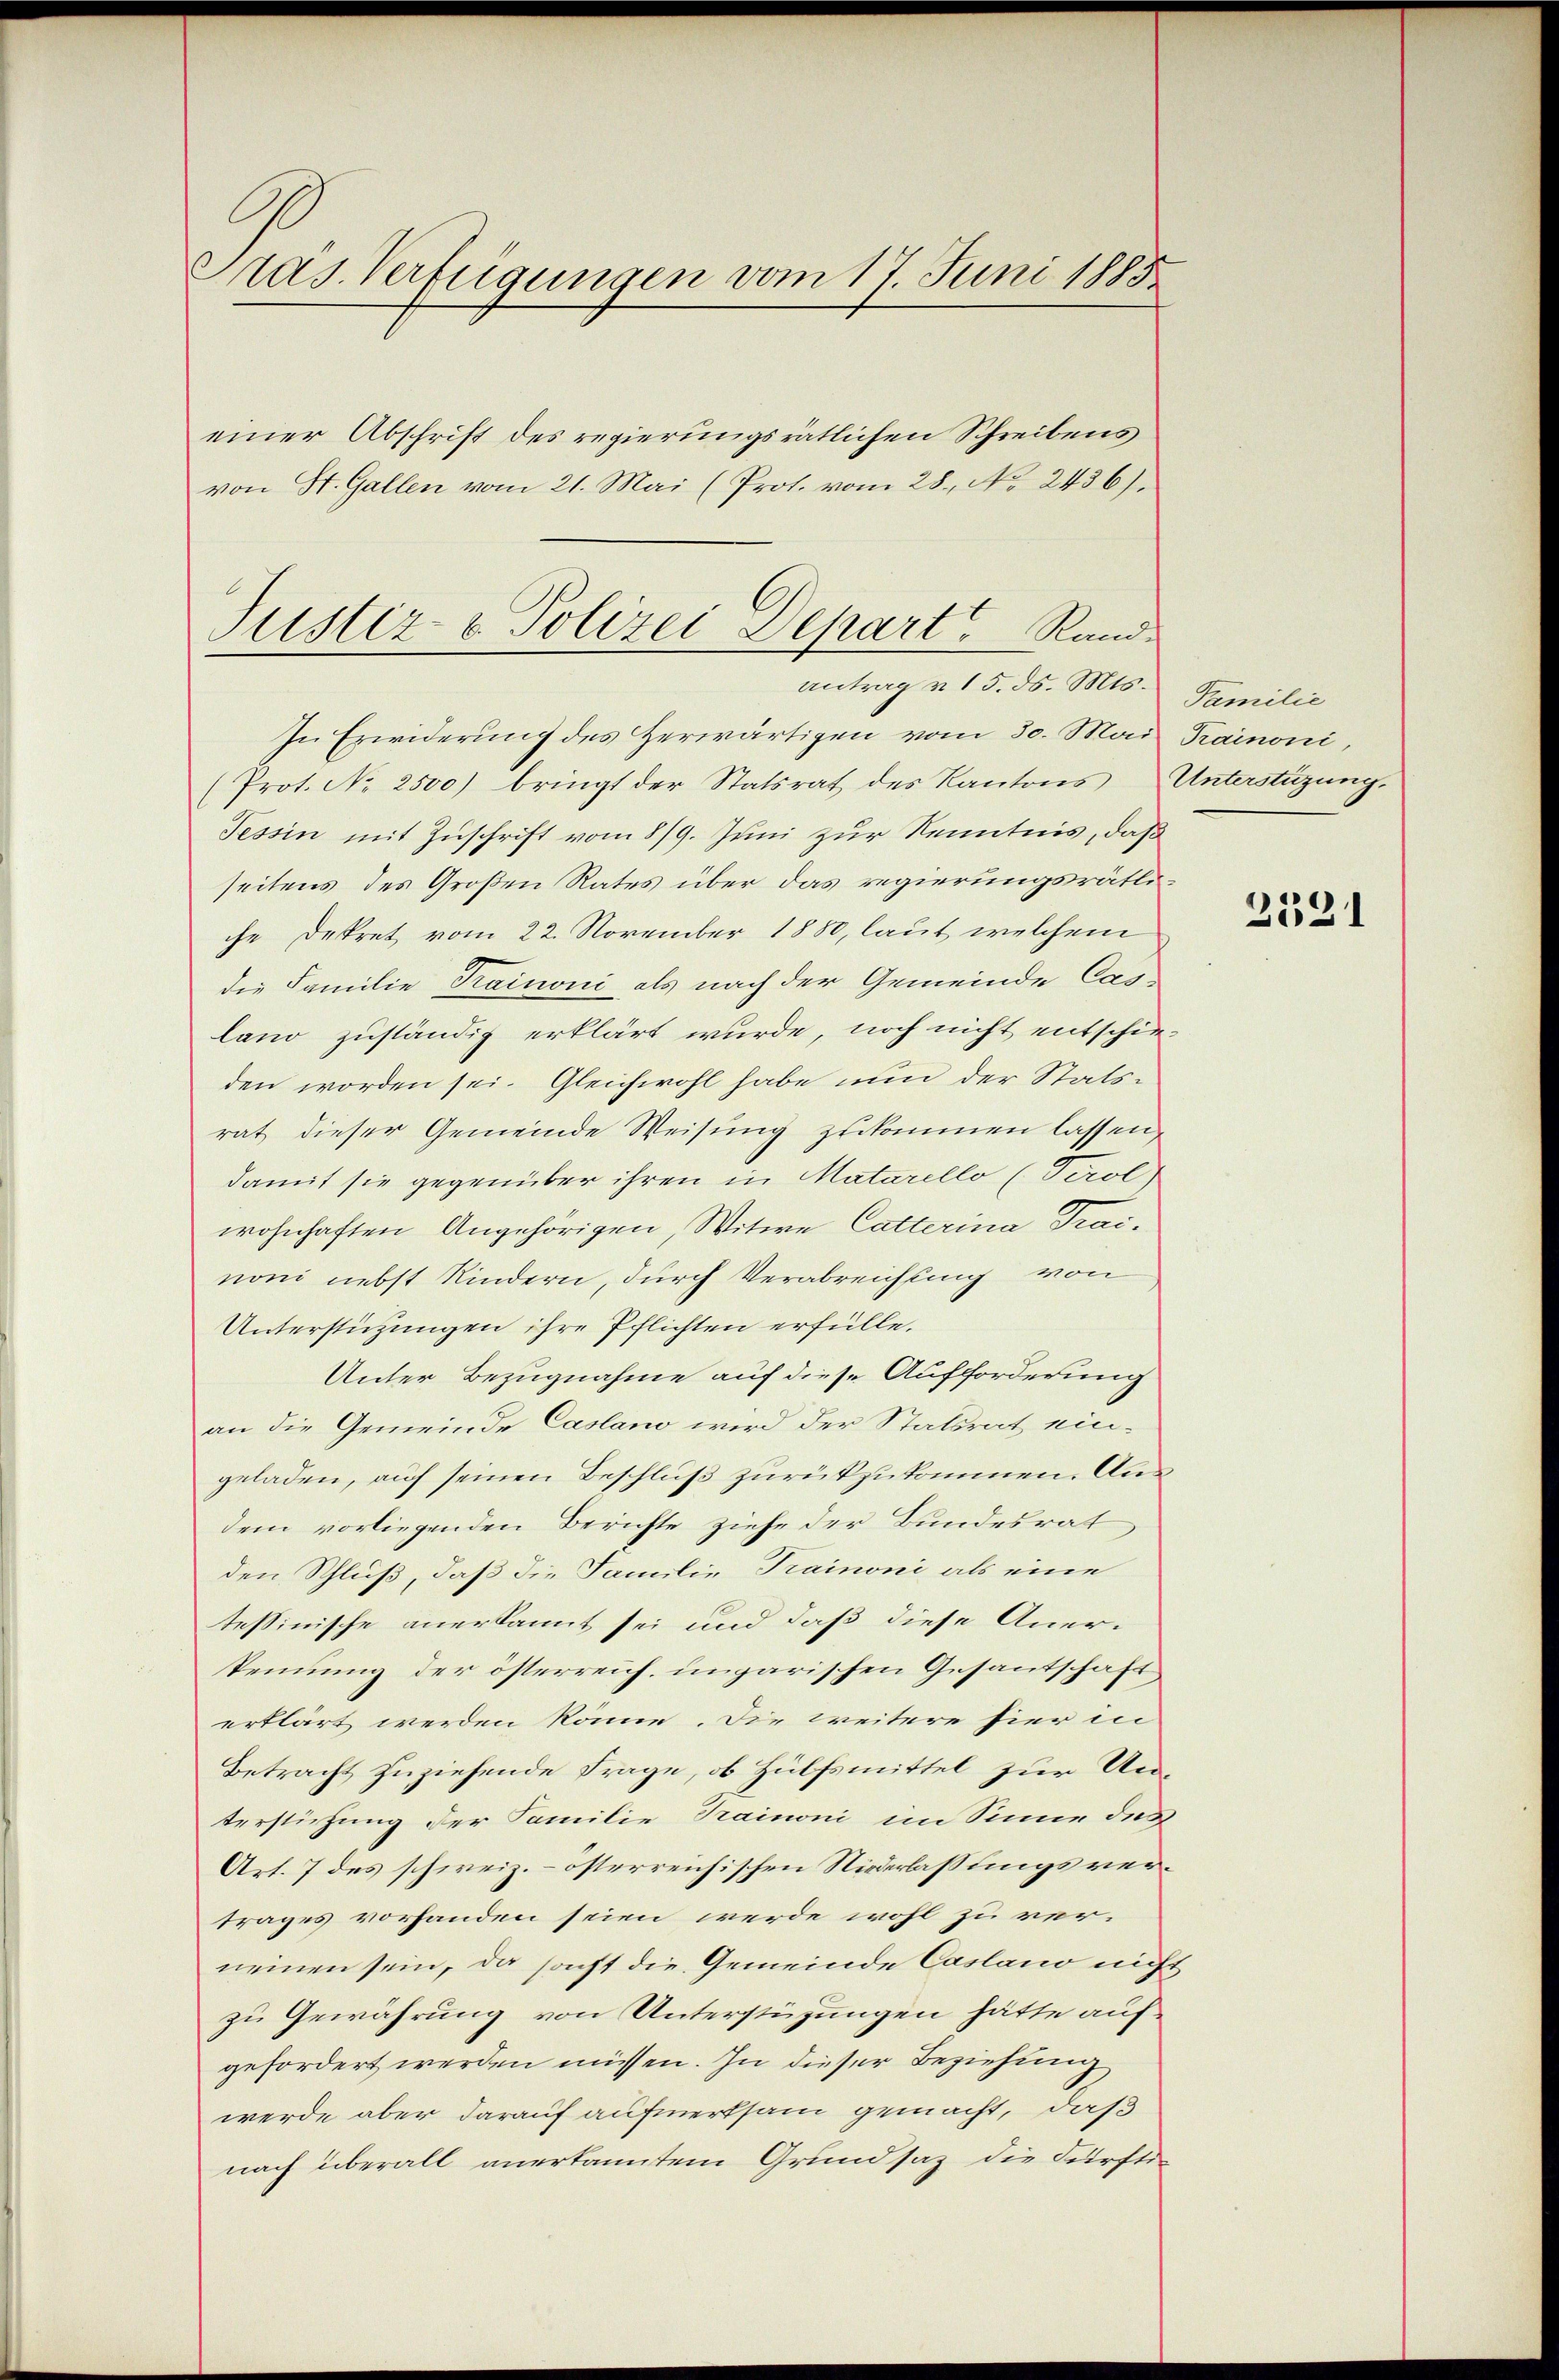
Pras. Verfügungen vom 17. Juni 1885
einer Abschrift des regierungsrätlichen Schreibens
von St. Gallen vom 21. Mai (Prot. vom 28. No. 2436).

In Erwiderung des Herwärtigen vom 30. Mai Trainoni,
(Prot. No 2500) bringt der Statsrat des Kantons Unterstüzung.
Tessin mit Zuschrift vom 8/9. Juni zur Kenntnis, daß
seitens des Großen Rates über das regierungsrätliche Dekret vom 22. November 1880, laut welchem
die Familie Trainoni als nach der Gemeinde Caslano zuständig erklärt wurde, noch nicht entschieden worden sei. Gleichwohl habe nun der Statsrat dieser Gemeinde Weisung zukommen lassen,
damit sie gegenüber ihren in Matarello (Tirol
wohnhaften Angehörigen, Witwe Catterina Trainon nebst Kindern, durch Verabreichung von
Unterstützungen ihre Pflichten erfülle,
Unter Bezugnahme auf diese Aufforderung
an die Gemeinde Casano wird der Statsrat eingeladen, auf seinen Beschluß zurückzukommen. Ausdem vorliegenden Berichte ziehe der Bundesrat
den Schluß, daß die Familie Trainoni als eine
tessinische anerkannt sei und daß diese Aner-
kennung der österreich, ungarischen Gesantschaft,
erklärt werden könne. Die weitere hier in
Betracht zuziehende Frage, ob Hülfsmittel zur Unterstühung der Familie Trainoni im Sinne des
Art. 7 des schweiz. – österreichischen Niederlassungsvertrages vorhanden seien werde wohl zu verneinen sein, da sonst die Gemeinde Caslano nicht
zu Gewährung von Unterstüzungen hätte auf
gefordert werden müssen. In dieser Beziehung
werde aber darauf aufmerksam gemacht, daß
nach überall anerkanntem Grundsaz die dürftig

Justiz- & Polizei Depart Randantrag u. 15. d. Mts.

Familie

2521